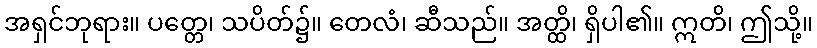
အရှင်ဘုရား။ ပတ္တေ၊ သပိတ်၌။ တေလံ၊ ဆီသည်။ အတ္ထိ၊ ရှိပါ၏။ ဣတိ၊ ဤသို့။